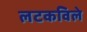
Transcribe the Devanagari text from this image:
लटकविले